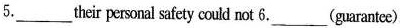
5.______their personal safety could not 6.___(guarantee).